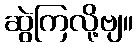
ဆွဲကြလို့ဗျ။